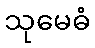
သုမေဓံ